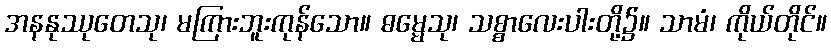
အနနုဿုတေသု၊ မကြားဘူးကုန်သော။ ဓမ္မေသု၊ သစ္စာလေးပါးတို့၌။ သာမံ၊ ကိုယ်တိုင်။